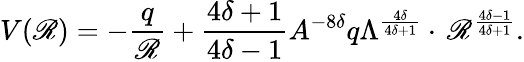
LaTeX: V(\mathscr{R})=-\frac{{q}}{{\mathscr{R}}}+\frac{{4\delta+1}}{{4\delta-1}}A^{-8\delta}q\Lambda^{\frac{{4\delta}}{{4\delta+1}}}\cdot\, \mathscr{R}^{\frac{{4\delta-1}}{{4\delta+1}}}.